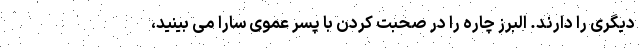
دیگری را دارند. البرز چاره را در صحبت کردن با پسر عموی سارا می بینید،